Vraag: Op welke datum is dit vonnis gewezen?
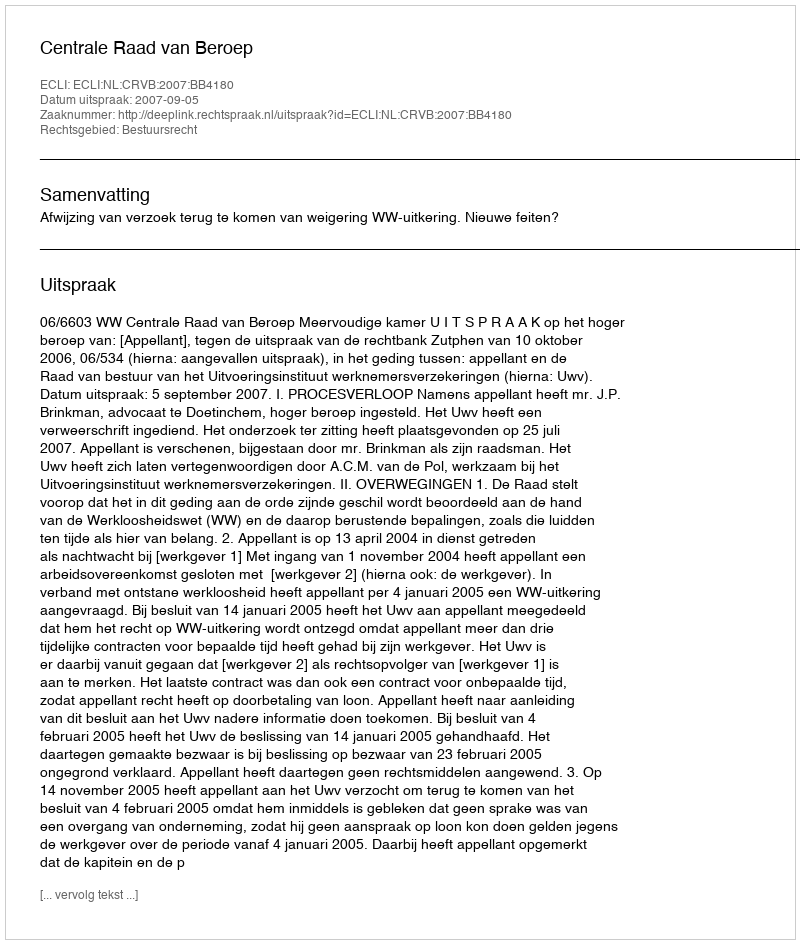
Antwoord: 2007-09-05